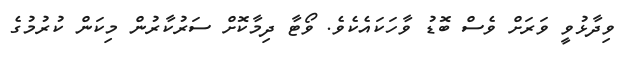
ވިދާޅުވީ ވަރަށް ވެސް ބޮޑު ވާހަކައެކެވެ. ވޯޓާ ދިމާކޮށް ސަރުކާރުން މިކަން ކުރުމުގެ